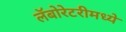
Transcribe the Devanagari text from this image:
लॅबोरेटरीमध्ये